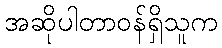
အဆိုပါတာဝန်ရှိသူက